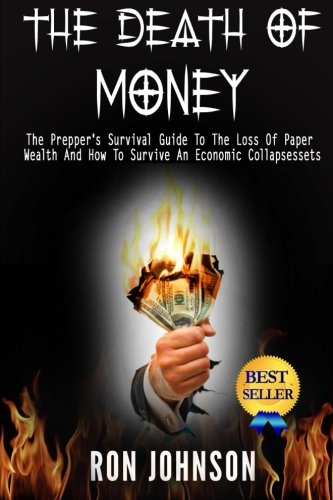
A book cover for The Death Of Money: The Prepper's Survival Guide To The Loss Of Paper Wealth And How To Survive An Economic Collapse; Ron Johnson; Business & Money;